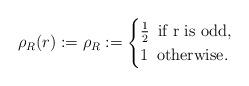
LaTeX: \begin{align*}\rho_R(r):= \rho_R := \begin{cases} \frac{1}{2} \,\,\, \textrm{if r is odd} ,\\ 1 \,\,\, \textrm{otherwise}. \end{cases}\end{align*}